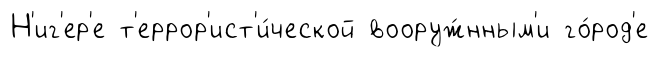
Н'иг'ер'е т'еррор'ист'и́ческой вооруж́нным'и го́род'е